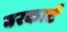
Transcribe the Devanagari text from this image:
बरकार्ट